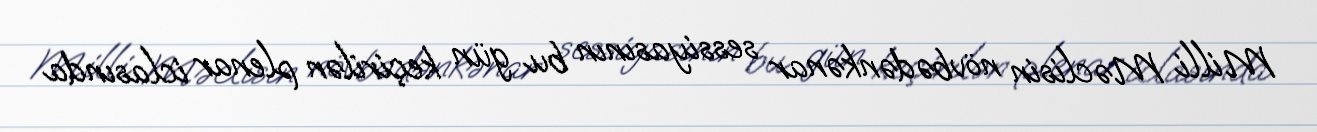
Milli Məclisin növbədənkənar sessiyasının bu gün keçirilən plenar iclasında